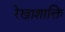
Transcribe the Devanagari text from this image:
रेखाशाक्ति